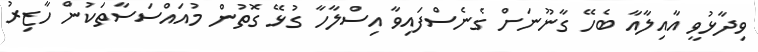
ވިދާޅުވީ އާއިލާއާ ބެހޭ ގާނޫނަށް ގެނެސްފައިވާ އިސްލާހާ ގުޅޭ ގޮތުން މުއައްސަސާތަކުން ހާޒިރު